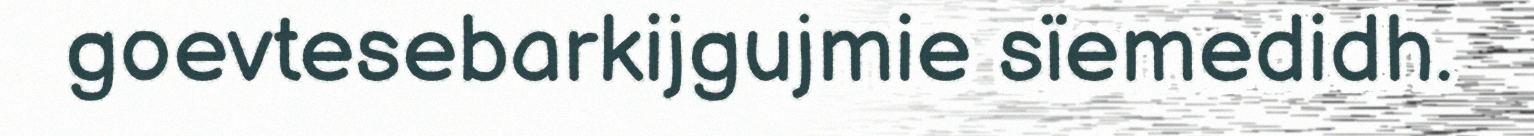
goevtesebarkijgujmie sïemedidh.